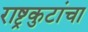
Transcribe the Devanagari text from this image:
राष्ट्रकुटांचा